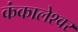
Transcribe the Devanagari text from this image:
कंकालेश्‍वर